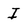
Character: I